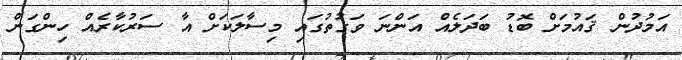
އަމުދުން ޤައުމަށް ބޮޑު ބަދަލެއް އަންނަ ވަގުތުގައި މިސާލަކަށް އާ ސަރުކާރެއް ހިންގަން